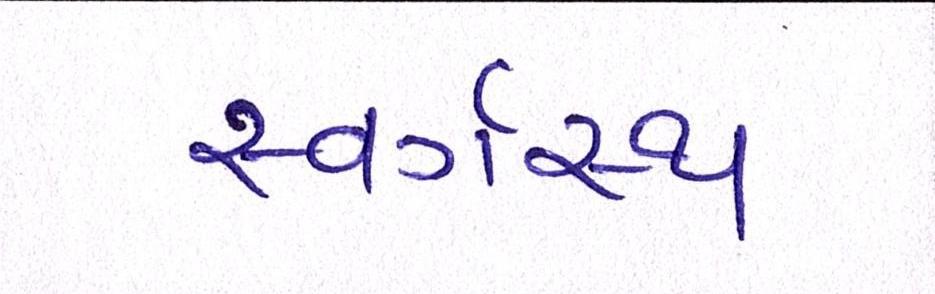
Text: સ્વર્ગસ્થ